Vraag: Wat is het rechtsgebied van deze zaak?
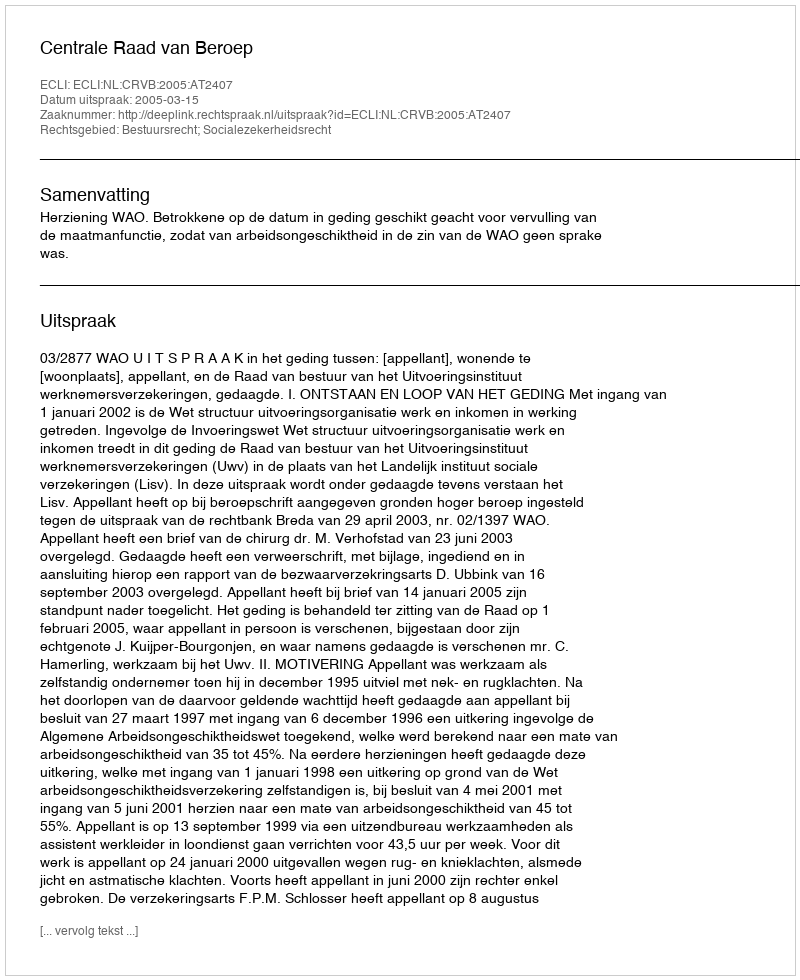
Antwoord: Bestuursrecht; Socialezekerheidsrecht